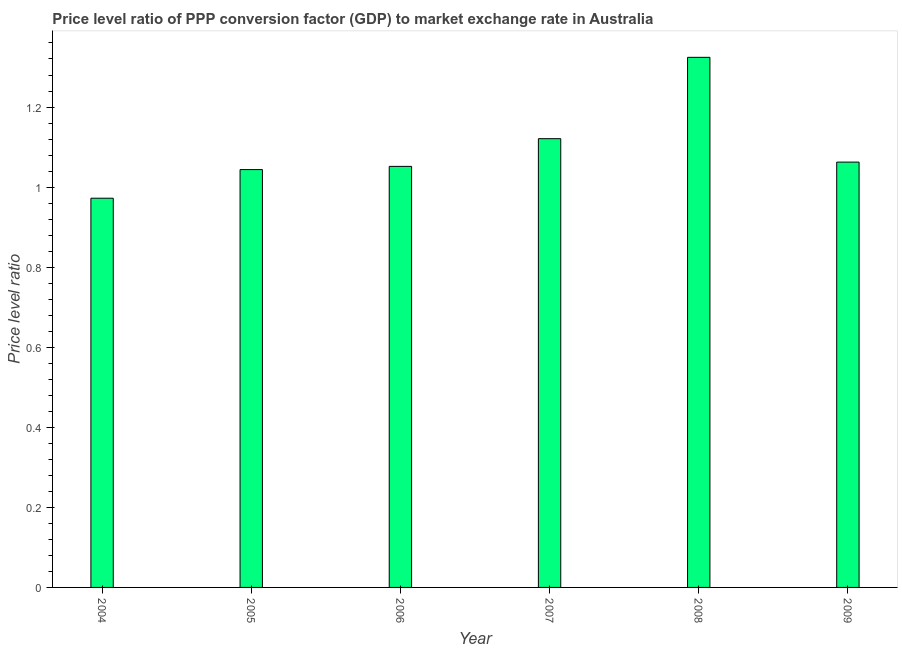
| Year | Price level ratio |
 | --- | --- |
 | 2004 | 0.972 |
 | 2005 | 1.04 |
 | 2006 | 1.05 |
 | 2007 | 1.12 |
 | 2008 | 1.32 |
 | 2009 | 1.06 |